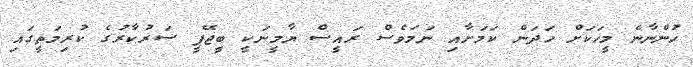
ހުންނާނެ މީހަކަށް ހަދަން ކަމަށާއި ނަމަވެސް ރައީސް ޔާމީނަކީ ބީޖޭޕީ ސަރުކާރުގެ ކުރިމަތީގައި